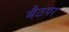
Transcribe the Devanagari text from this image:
बैठपर